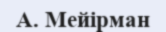
А. Мейірман